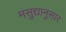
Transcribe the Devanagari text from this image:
मसुद्यानुसार